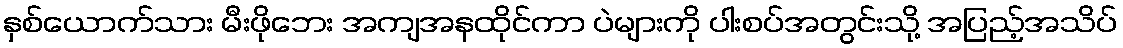
နှစ်ယောက်သား မီးဖိုဘေး အကျအနထိုင်ကာ ပဲများကို ပါးစပ်အတွင်းသို့ အပြည့်အသိပ်